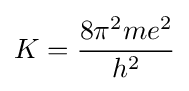
K={\frac {8\pi ^{2}me^{2}}{h^{2}}}